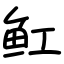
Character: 𫚉